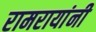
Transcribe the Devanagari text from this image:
रामरायांनी